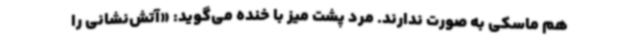
هم ماسکی به صورت ندارند. مرد پشت میز با خنده می‌گوید: «آتش‌نشانی را